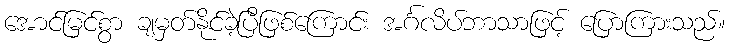
အောင်မြင်စွာ ချမှတ်နိုင်ခဲ့ပြီဖြစ်ကြောင်း အင်္ဂလိပ်ဘာသာဖြင့် ပြောကြားသည်။